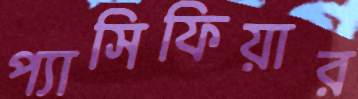
প্যাসিফিয়ার